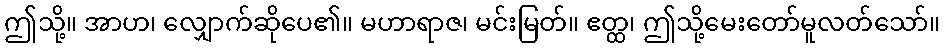
ဤသို့။ အာဟ၊ လျှောက်ဆိုပေ၏။ မဟာရာဇ၊ မင်းမြတ်။ ဧတ္ထ၊ ဤသို့မေးတော်မူလတ်သော်။